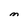
Character: M